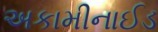
અકામીનાઈડ